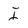
Character: I